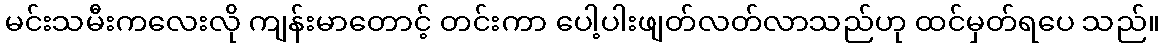
မင်းသမီးကလေးလို ကျန်းမာတောင့် တင်းကာ ပေါ့ပါးဖျတ်လတ်လာသည်ဟု ထင်မှတ်ရပေ သည်။